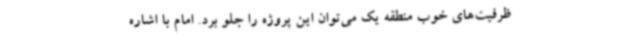
ظرفیت‌های خوب منطقه یک می‌توان این پروژه را جلو برد. امام با اشاره